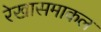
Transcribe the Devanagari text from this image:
रेखासमाकल